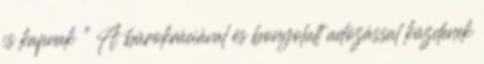
is kapnak ” A bürokráciával és bonyolult adózással küzdenek